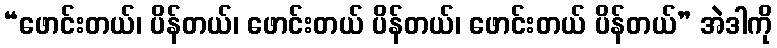
“ဖောင်းတယ်၊ ပိန်တယ်၊ ဖောင်းတယ် ပိန်တယ်၊ ဖောင်းတယ် ပိန်တယ်” အဲဒါကို